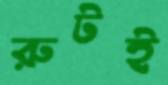
রুটই